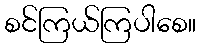
စင်ကြယ်ကြပါစေ။